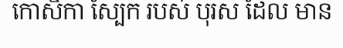
កោសិកា ស្បែក របស់ បុរស ដែល មាន